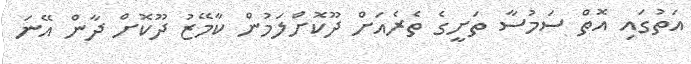
އަތުގައި އޮތް ސަމުސާ ތަށީގެ ތެރެއަށް ދޫކޮށްލަމުން ކާމޭޒު ދޫކޮށް ދާން އޭނަ